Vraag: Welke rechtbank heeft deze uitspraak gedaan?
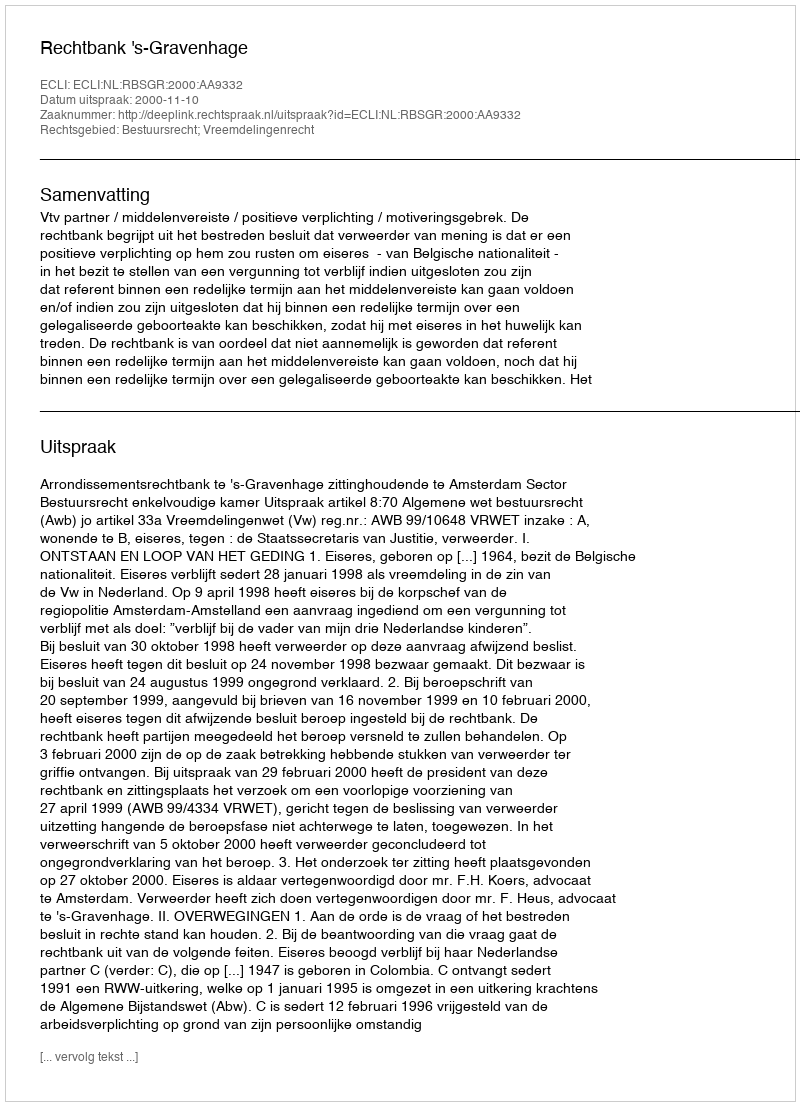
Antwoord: Rechtbank 's-Gravenhage